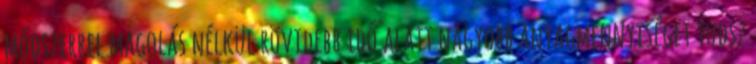
módszerrel magolás nélkül rövidebb idő alatt nagyobb anyagmennyiséget tudsz